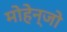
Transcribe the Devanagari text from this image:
मोहेन्जो